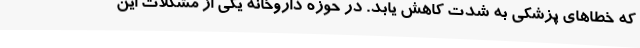
که خطاهای پزشکی به شدت کاهش یابد. در حوزه داروخانه یکی از مشکلات این